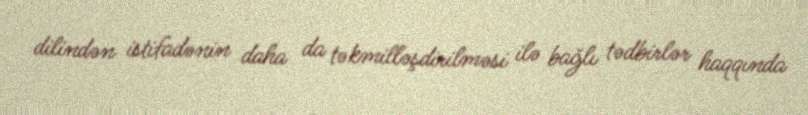
dilindən istifadənin daha da təkmilləşdirilməsi ilə bağlı tədbirlər haqqında